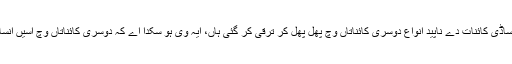
. بہت ممکن اے کہ ساڈی کائنات دے ناپید انواع دوسری کائناتاں وچ پھل پھُل کر ترقی کر گئی ہاں، ایہ وی ہو سکدا اے کہ دوسری کائناتاں وچ اسيں انسان ناپید ہوچکے ہون۔